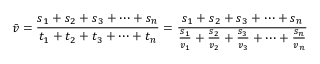
{ \bar { v } } = { \frac { s _ { 1 } + s _ { 2 } + s _ { 3 } + \dots + s _ { n } } { t _ { 1 } + t _ { 2 } + t _ { 3 } + \dots + t _ { n } } } = { \frac { s _ { 1 } + s _ { 2 } + s _ { 3 } + \dots + s _ { n } } { { \frac { s _ { 1 } } { v _ { 1 } } } + { \frac { s _ { 2 } } { v _ { 2 } } } + { \frac { s _ { 3 } } { v _ { 3 } } } + \dots + { \frac { s _ { n } } { v _ { n } } } } }